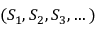
( S _ { 1 } , S _ { 2 } , S _ { 3 } , \dots )